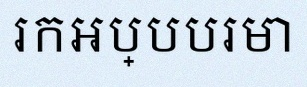
រកអប្បបរមា